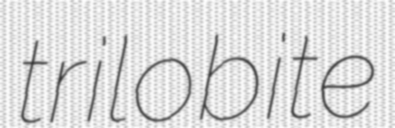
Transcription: trilobite